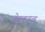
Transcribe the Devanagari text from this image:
नेबुलाइज्ड